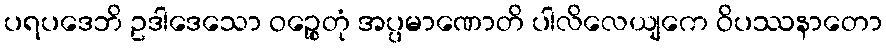
ပရပဒေဘိ ဥဒါဒေသော ဝဉ္စေတုံ အပ္ပမာဏောတိ ပါလိလေယျကေ ဝိပဿနာတော